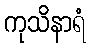
ကုသိနာရံ